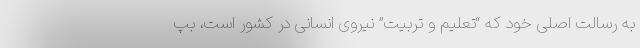
به رسالت اصلی خود که “تعلیم و تربیت” نیروی انسانی در کشور است، بپ